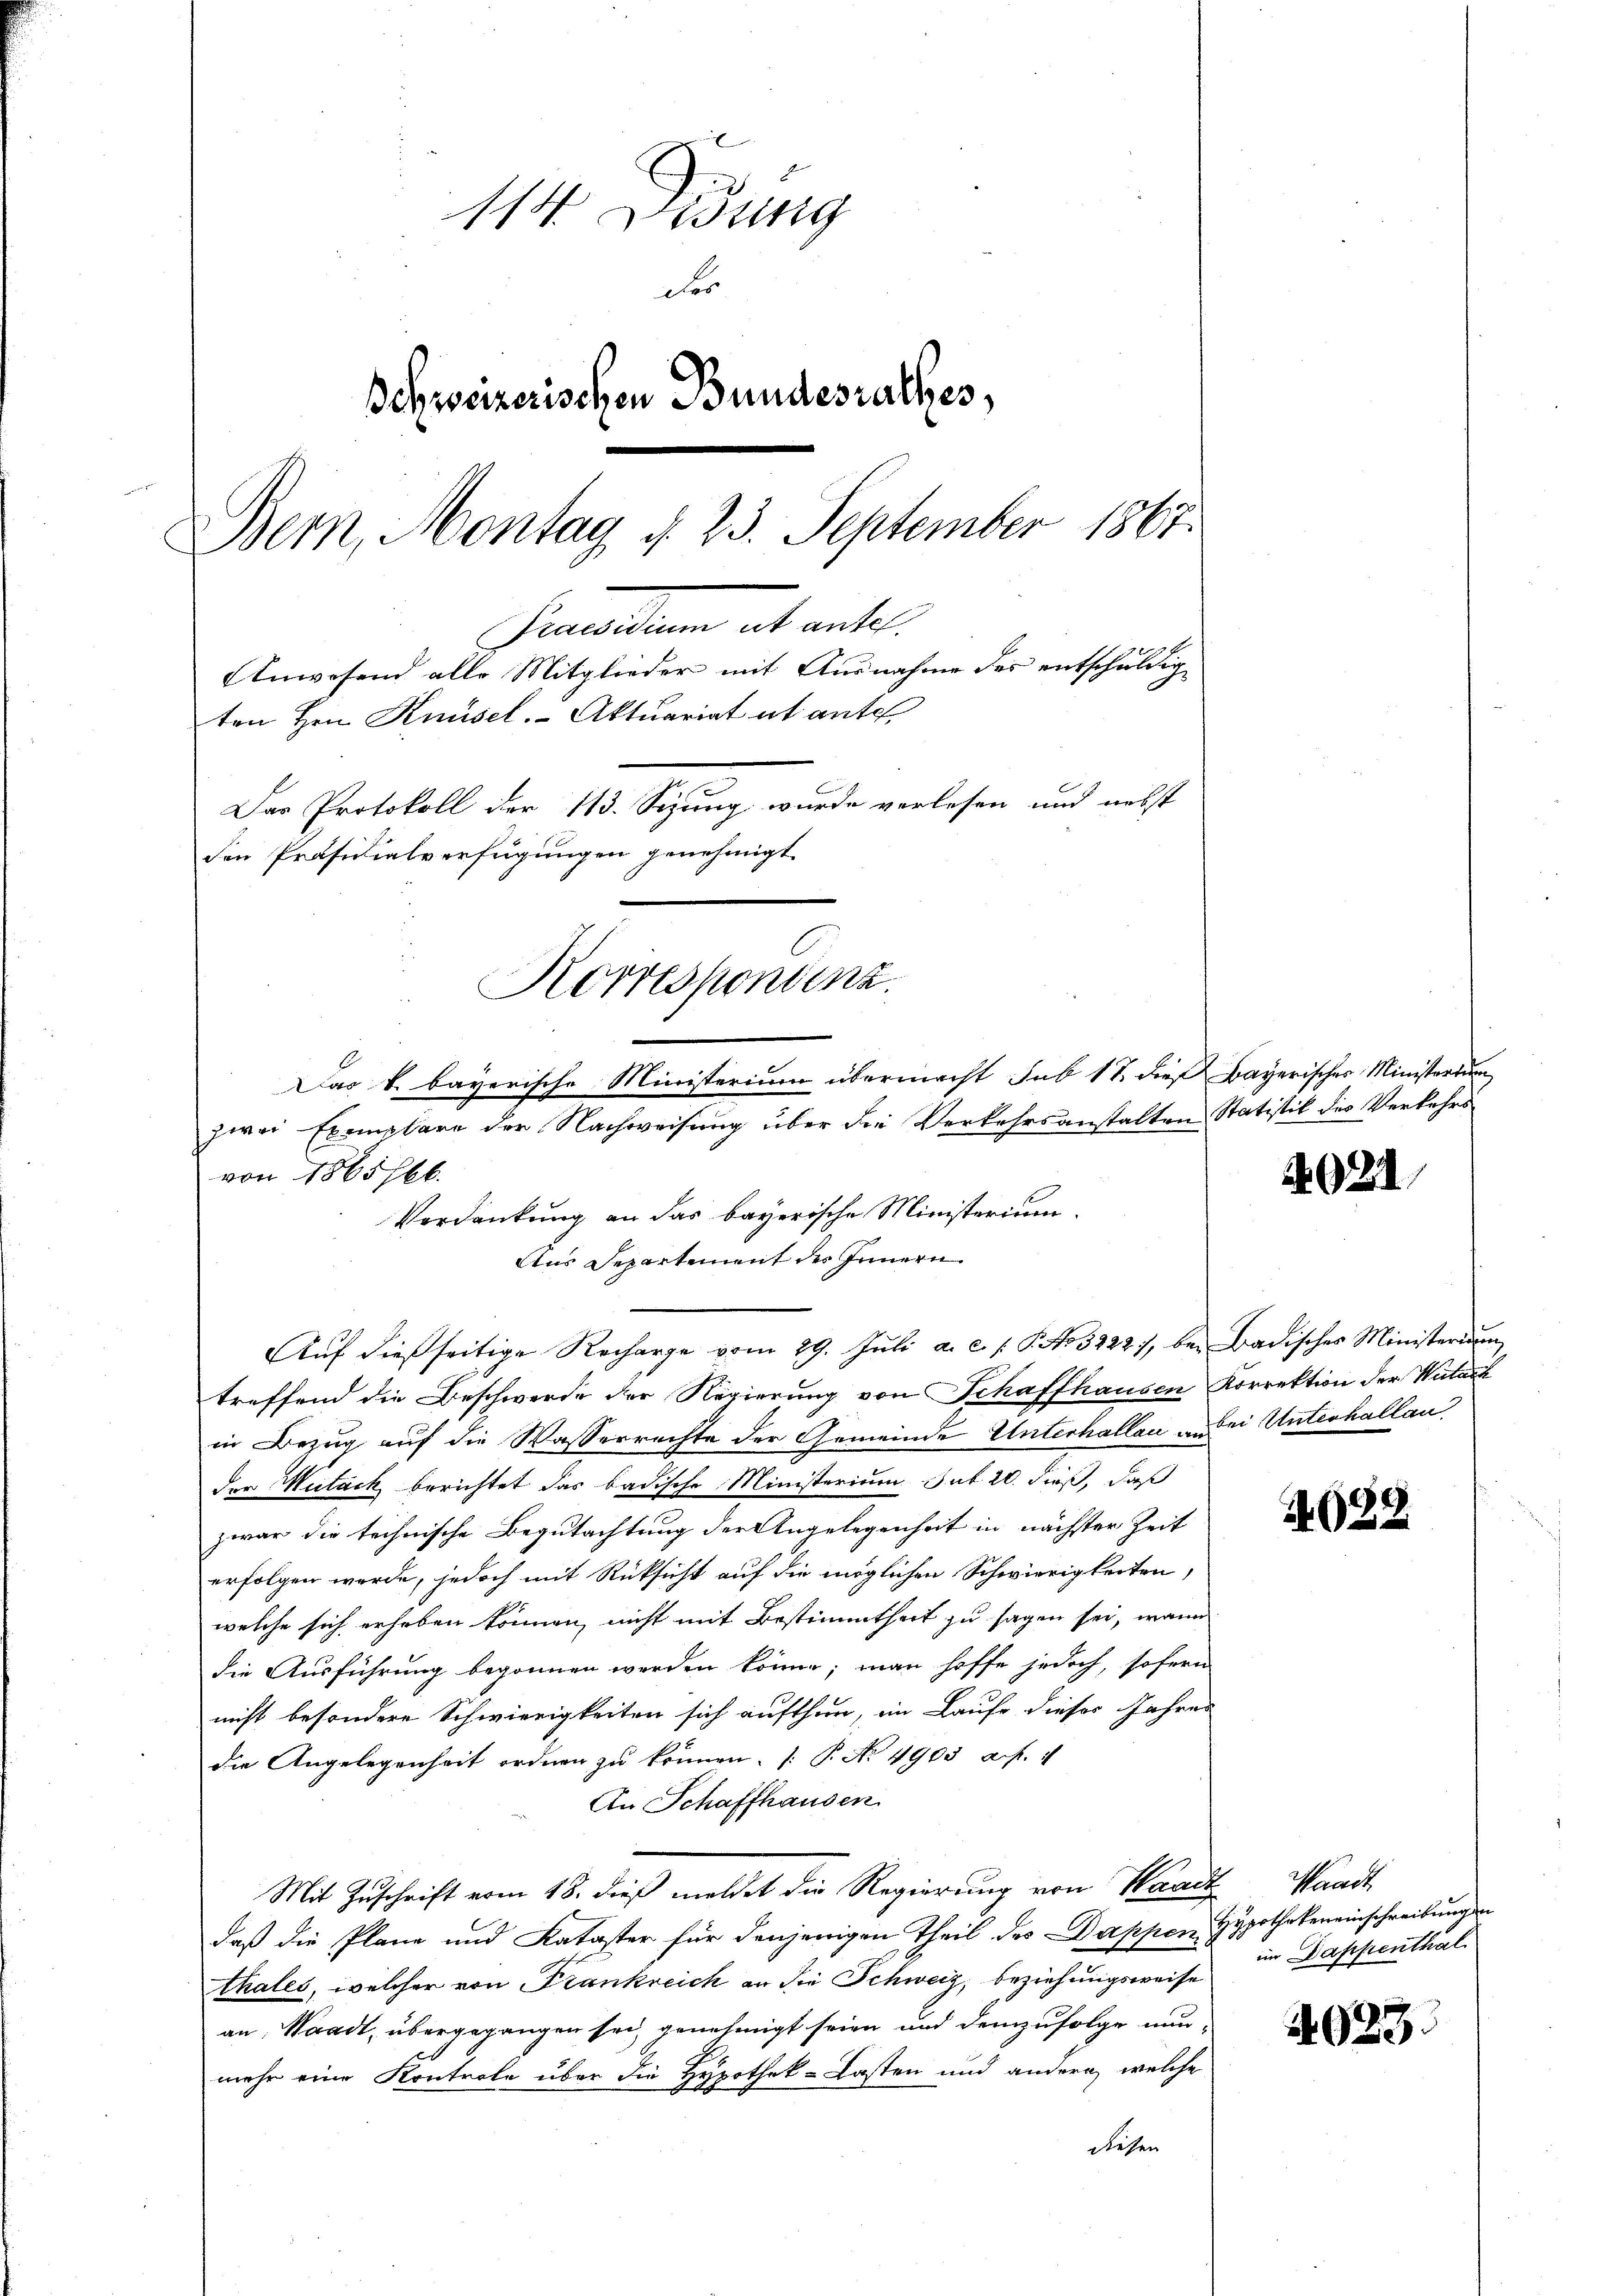
114 Didung
des
Schweizerischen Bundesrathes,
Bern, Montag d. 23. September 1867.
Himmenden alt unter
Anwesend alle Mitglieder mit Ausnahme des entschuldig
ten Hrn. Knüsel. Aktuariat et ante
Das Protokoll der 113. Sizung wurde verlesen und nebst
den Präsidialverfügungen genehmigt.

Korrespondenz.
Das k. bayerische Ministerium übermacht sub 17. dieß Bayerischer Ministertum

zwei Exemplare der Nachweisung über die Verkehrsanstalten Statistik des Verkehrs
von 1865 766.
Verdankung an das bayerische Ministerium
Aus Departement des Innern
Aŭf dießseitige Recharge vom 29. Jŭli a. c. s. S. No 32227, bei Badisches Ministerium
treffend die Beschwerde der Regierung von Schaffhausen Korrektion der Witach
in Bezug auf die Wasserrechte der Gemeinde Unterhallac un bei Unterhallan
der Meitack berichtet das badische Ministerium sub 20. dieß, daß
zwar die technische Begutachtung der Angelegenheit in nächster Zeit
erfolgen werde, jedoch mit Rüksicht auf die möglichen Schwierigkeiten,
welche sich erhoben können, nicht mit Bestimmtheit zu sagen sei, wenn
die Ausführung begonnen werden könne; man hoffe jedoch, sofern
nicht besondere Schwierigkeiten sich aufthun, im Laufe dieses Jahres
die Angelegenheit ordnen zu können. ( P. No 4903 f. 4
An Schaffhausen
Mit Zuschrift vom 18. dieß meldet die Regierung von Waadt, Waadt,
daß die Pläne und Kataster für denjenigen Theil des Dappen Hypothekeneinschreibung in
thales, welcher von Frankreich an die Schweiz, beziehungsweise
an, Waadt, übergegangen sei, genehmigt seien und demzufolge nun-
mehr eine Kontrole über die Hypothek-Lasten und andern, welche
diesen

21

4022

im Dappenthal

023.